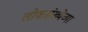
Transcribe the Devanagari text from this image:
लोकसंख्‍येच्‍या